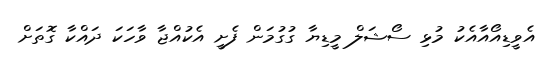
އެވީޑިއޯއާއެކު މުޅި ސޯޝަލް މީޑިޔާ ގުގުމަން ފެށީ އެކުއްޖާ ވާހަކަ ދައްކާ ގޮތަށް